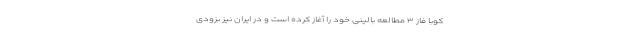
کوبا فاز ۳ مطالعه بالینی خود را آغاز کرده است و در ایران نیز بزودی